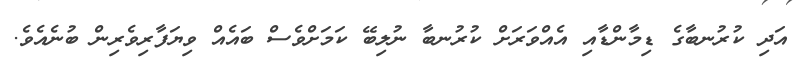
އަދި ކުރުނބާގެ ޑިމާންޑާއި އެއްވަރަށް ކުރުނބާ ނުލިބޭ ކަމަށްވެސް ބައެއް ވިޔަފާރިވެރިން ބުނެއެވެ.